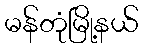
မန်တုံမြို့နယ်